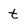
Character: t